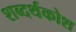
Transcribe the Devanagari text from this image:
शब्दर्थकोश